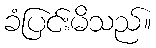
ခံပြင်းမိသည်။